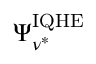
\Psi _ { \nu ^ { * } } ^ { \mathrm { { I Q H E } } }